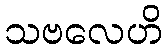
သဗလေဟိ